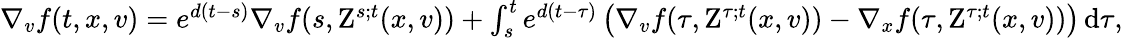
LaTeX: \begin{array}{r}{\nabla_{v}f(t,x,v)=e^{d(t-s)}\nabla_{v}f(s,\mathrm{Z}^{s;t}(x,v))+\int_{s}^{t}e^{d(t-\tau)}\left(\nabla_{v}f(\tau,\mathrm{Z}^{\tau;t}(x,v))-\nabla_{x}f(\tau,\mathrm{Z}^{\tau;t}(x,v))\right)\, \mathrm{d}\tau,}\end{array}